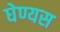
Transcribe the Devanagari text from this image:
घेण्यस